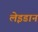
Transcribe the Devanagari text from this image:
लेइडान